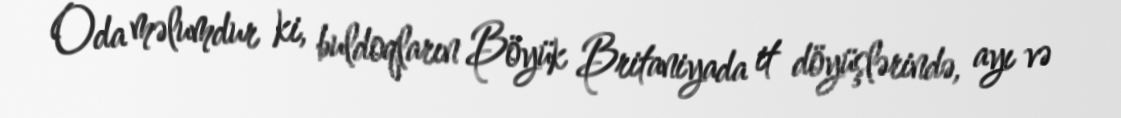
Oda məlumdur ki, buldoqların Böyük Britaniyada it döyüşlərində, ayı və